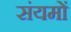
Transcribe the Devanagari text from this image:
संयमों